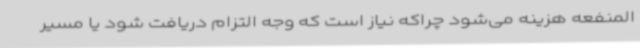
المنفعه هزینه می‌شود چراکه نیاز است که وجه التزام دریافت شود یا مسیر